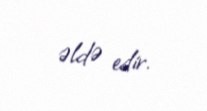
əldə edir.